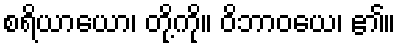
စရိယာယော၊ တို့ကို။ ဝိဘာဝယေ၊ ၏။